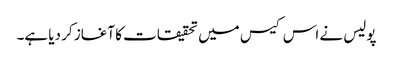
پولیس نے اس کیس میں تحقیقات کا آغاز کر دیا ہے۔